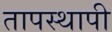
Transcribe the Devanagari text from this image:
तापस्थापी